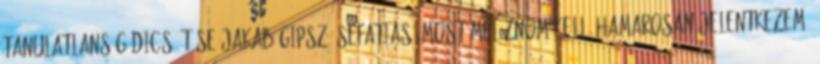
tanulatlanság dicsőítése Jakab.gipsz: sefatias: Most melóznom kell, hamarosan jelentkezem.